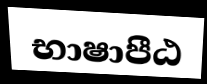
භාෂාපීඨ